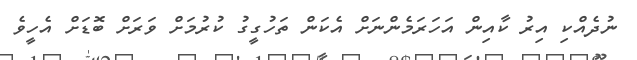
ނުދެއްކި އިރު ކާއިން އަހަރަމެންނަށް އެކަން ތަހުގީގު ކުރުމަށް ވަރަށް ބޮޑަށް އެހީވެ